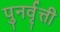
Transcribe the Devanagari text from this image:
पुनर्वृत्ती